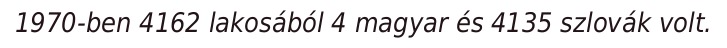
1970-ben 4162 lakosából 4 magyar és 4135 szlovák volt.